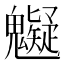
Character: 䰯